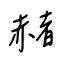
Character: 赭